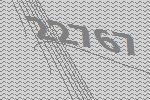
22767